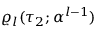
\varrho _ { l } ( \tau _ { 2 } ; \boldsymbol { \alpha } ^ { l - 1 } )